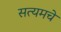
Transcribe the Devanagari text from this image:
सत्यमचे